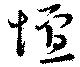
壇